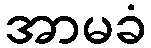
အာမခံ